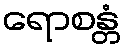
ရောစန္တံ